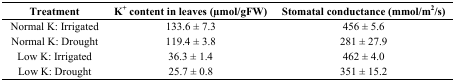
<table><thead><tr><td><b>Treatment</b></td><td><b>K<sup>+</sup> content in leaves (μmol/gFW)</b></td><td><b>Stomatal conductance (mmol/m<sup>2</sup>/s)</b></td></tr></thead><tbody><tr><td>Normal K: Irrigated</td><td>133.6 ± 7.3</td><td>456 ± 5.6</td></tr><tr><td>Normal K: Drought</td><td>119.4 ± 3.8</td><td>281 ± 27.9</td></tr><tr><td>Low K: Irrigated</td><td>36.3 ± 1.4</td><td>462 ± 4.0</td></tr><tr><td>Low K: Drought</td><td>25.7 ± 0.8</td><td>351 ± 15.2</td></tr></tbody></table>